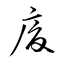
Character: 廈